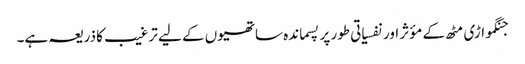
جنگمواڑی مٹھ کے مؤثر اور نفسیاتی طور پر پسماندہ ساتھیوں کے لیے ترغیب کا ذریعہ ہے۔